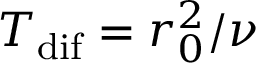
T _ { \mathrm { d i f } } = r _ { 0 } ^ { 2 } / \nu